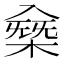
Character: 𠓸